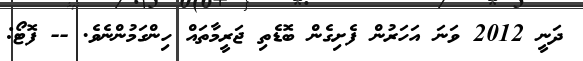
ދަނީ 2012 ވަނަ އަަހަރުން ފެށިގެން ބޮޑެތި ޖަރީމާތައް ހިންގަމުންނެވެ. -- ފޮޓޯ: